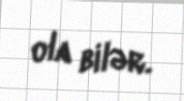
ola bilər.